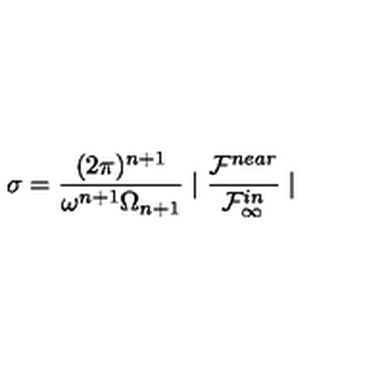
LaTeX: \sigma = \frac { ( 2 \pi ) ^ { n + 1 } } { \omega ^ { n + 1 } \Omega _ { n + 1 } } \mid \frac { { \cal F } ^ { n e a r } } { { \cal F } _ { \infty } ^ { i n } } \mid